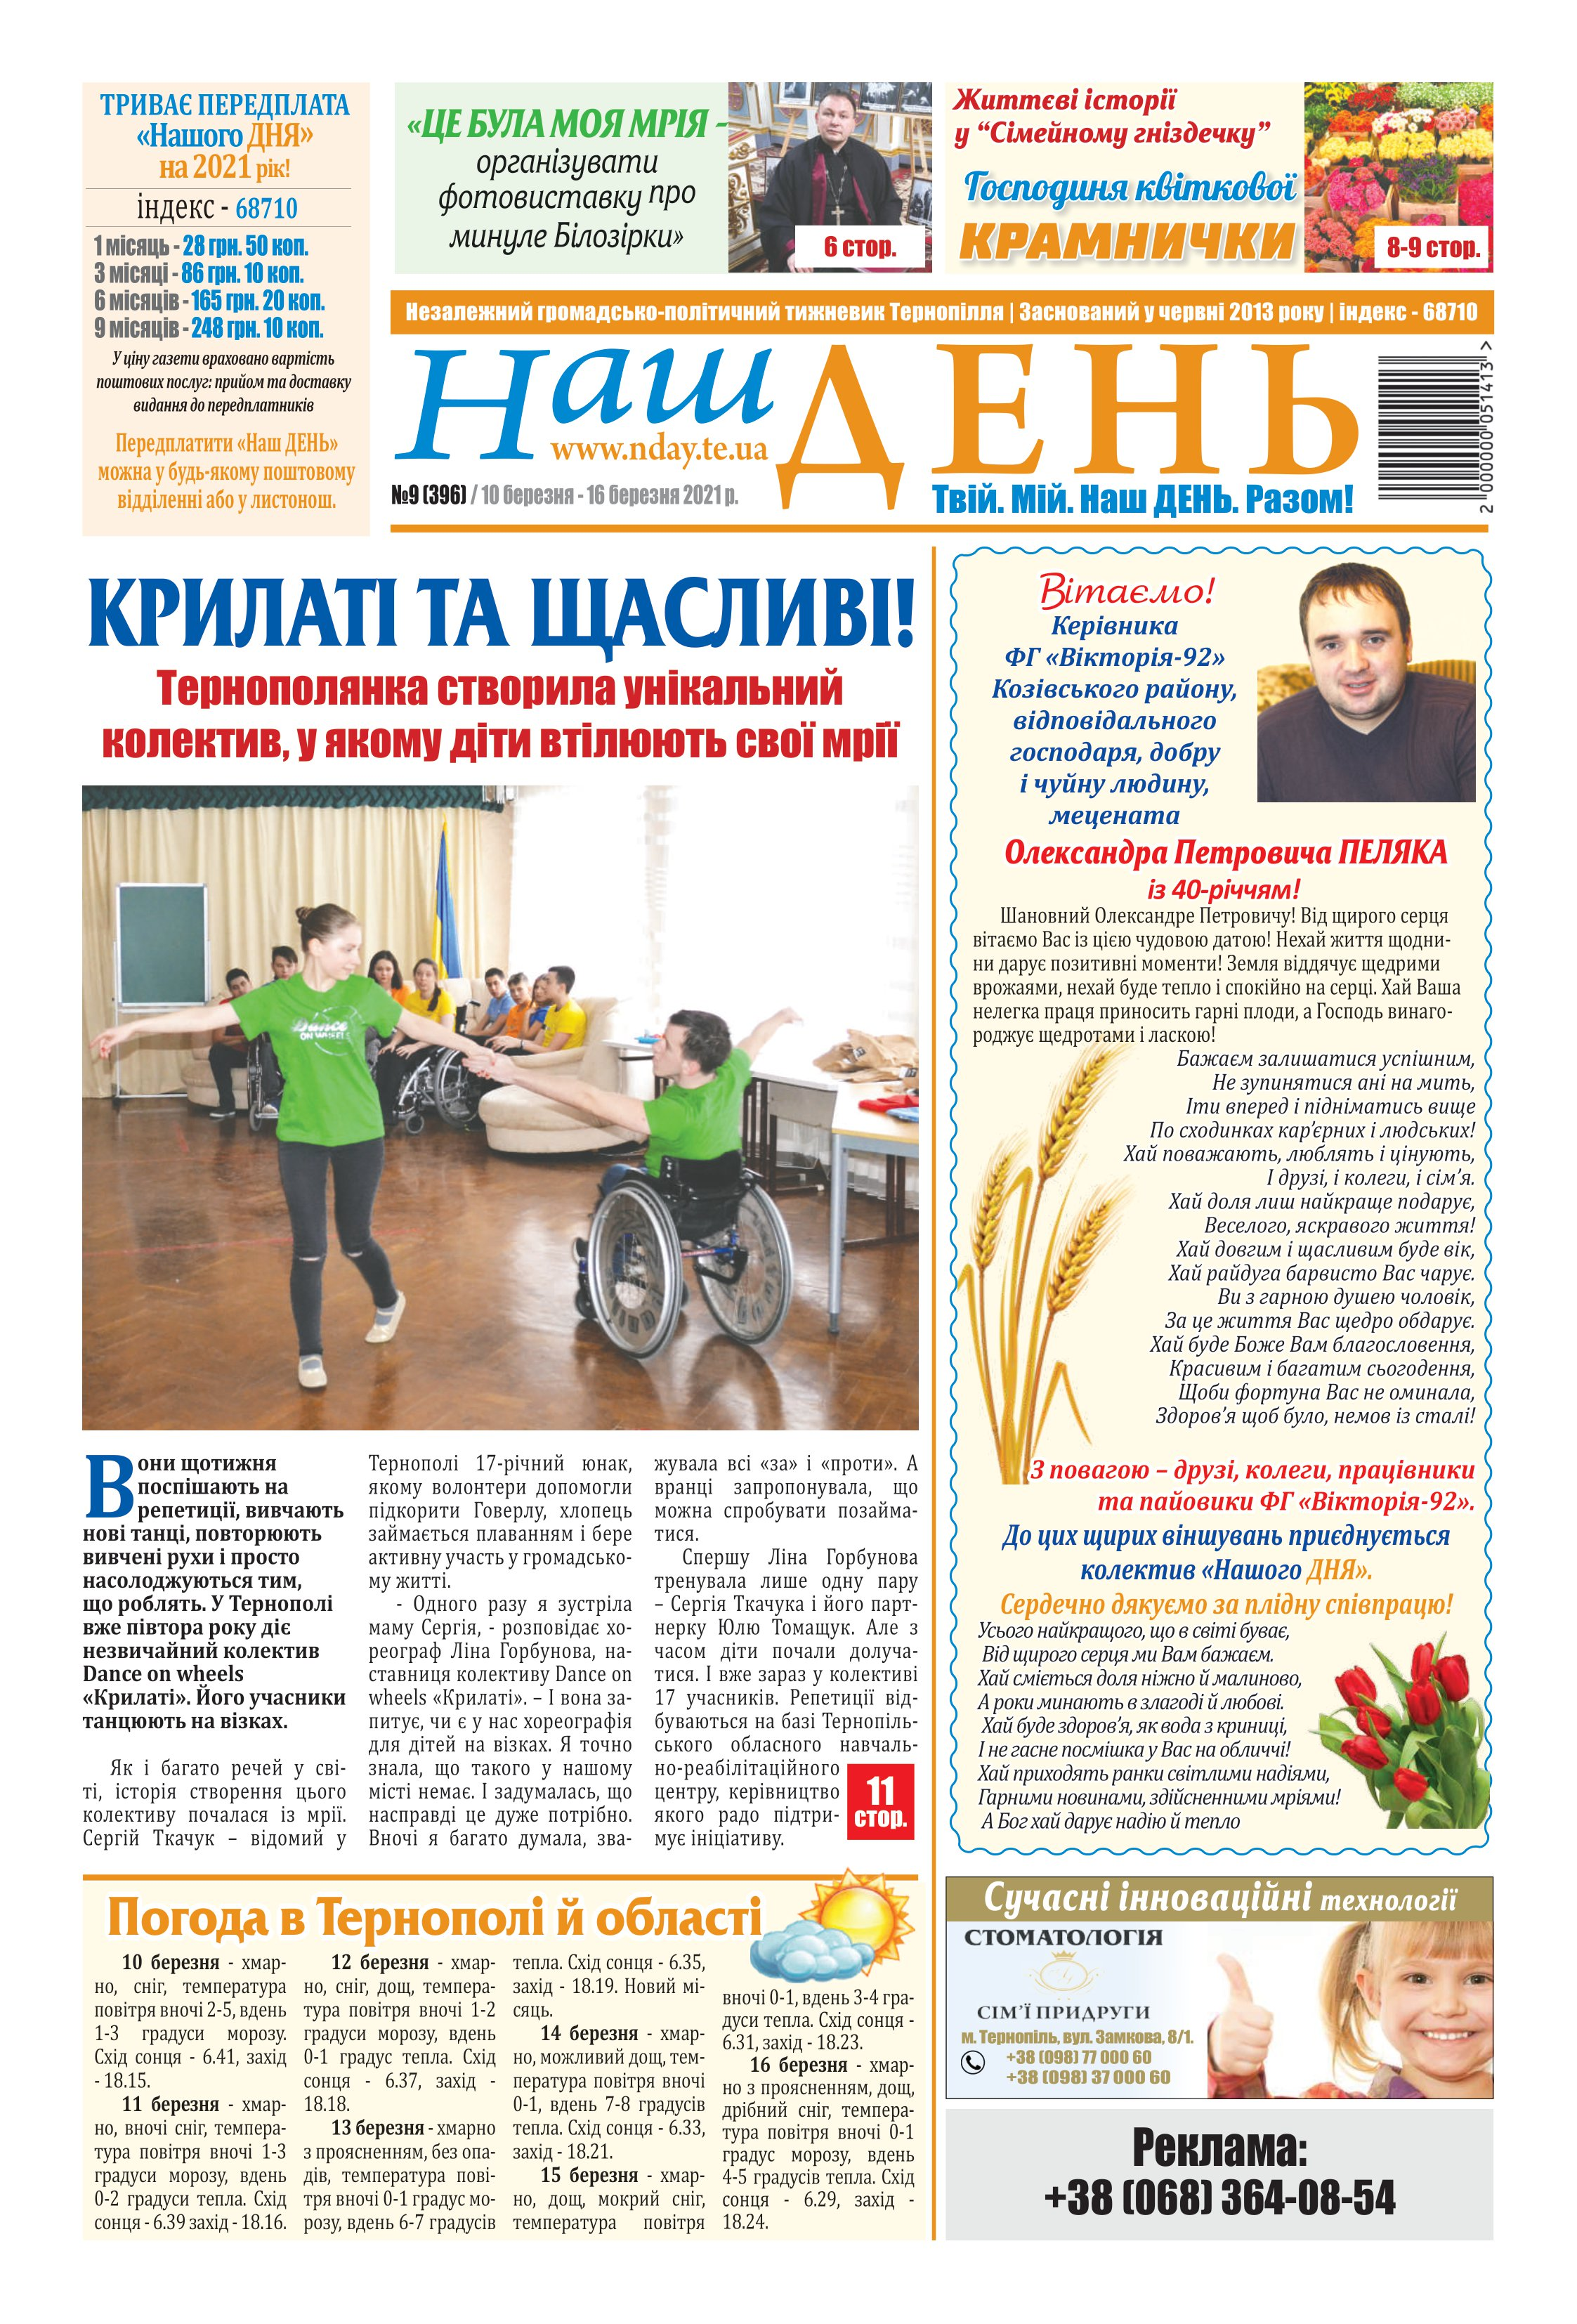
Language: uk